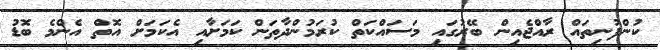
ކުންފުނިތައް ރާއްޖެއިން ބޭރުގައި މަސައްކަތް ކުރަމުންދާތަން ކަމަށާއި އެކަމަށް އޮތް އެންމެ ބޮޑު